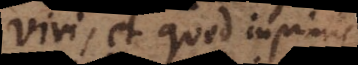
viri, et quod inprimis